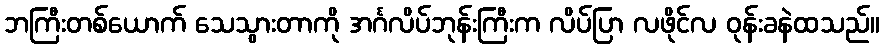
ဘကြီးတစ်ယောက် သေသွားတာကို အင်္ဂလိပ်ဘုန်းကြီးက လိပ်ပြာ လဖိုင်လ ဝုန်းခနဲထသည်။